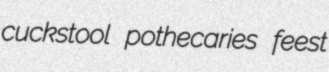
cuckstool pothecaries feest